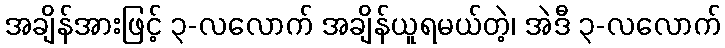
အချိန်အားဖြင့် ၃-လလောက် အချိန်ယူရမယ်တဲ့၊ အဲဒီ ၃-လလောက်